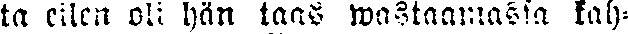
ta eilen oli hän taas wastaamassa kah-